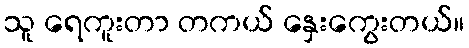
သူ ရေကူးတာ တကယ် နှေးကွေးတယ်။